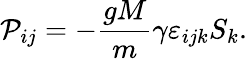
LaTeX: \mathcal{P}_{ij}=-\frac{{gM}}{{m}}\gamma\varepsilon_{ijk}S_{k}.